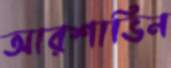
আরশাভিন